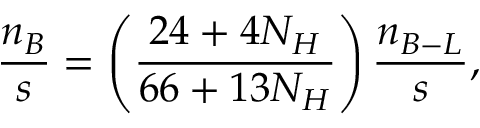
\frac { n _ { B } } { s } = \left( \frac { 2 4 + 4 N _ { H } } { 6 6 + 1 3 N _ { H } } \right) \frac { n _ { B - L } } { s } ,